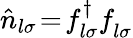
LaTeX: \hat{n}_{l\sigma}\! =\! f_{l\sigma}^{\dagger}f_{l\sigma}^{\phantom{\dagger}}